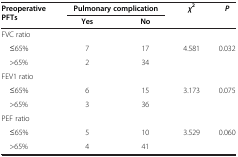
<table><thead><tr><td rowspan="2"><b>Preoperative PFTs</b></td><td colspan="2"><b>Pulmonary complication</b></td><td rowspan="2"><b><i>χ</i><sup>2</sup></b></td><td rowspan="2"><b><i>P</i></b></td></tr><tr><td><b>Yes</b></td><td><b>No</b></td></tr></thead><tbody><tr><td>FVC ratio</td><td> </td><td> </td><td> </td><td> </td></tr><tr><td> ≤65%</td><td>7</td><td>17</td><td>4.581</td><td>0.032</td></tr><tr><td> &gt;65%</td><td>2</td><td>34</td><td> </td><td> </td></tr><tr><td>FEV1 ratio</td><td> </td><td> </td><td> </td><td> </td></tr><tr><td> ≤65%</td><td>6</td><td>15</td><td>3.173</td><td>0.075</td></tr><tr><td> &gt;65%</td><td>3</td><td>36</td><td> </td><td> </td></tr><tr><td>PEF ratio</td><td> </td><td> </td><td> </td><td> </td></tr><tr><td> ≤65%</td><td>5</td><td>10</td><td>3.529</td><td>0.060</td></tr><tr><td> &gt;65%</td><td>4</td><td>41</td><td> </td><td> </td></tr></tbody></table>